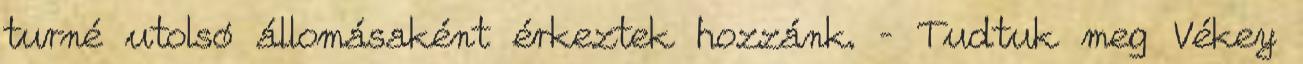
turné utolsó állomásaként érkeztek hozzánk. – Tudtuk meg Vékey